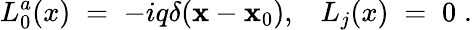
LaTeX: L_{0}^{a}(x)\; =\; -iq\delta({\mathbf x}-{\mathbf x}_{0}),\; \; \; L_{j}(x)\; =\; 0\; .